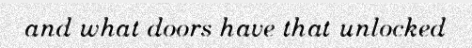
and what doors have that unlocked